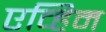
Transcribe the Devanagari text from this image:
एव्हिम